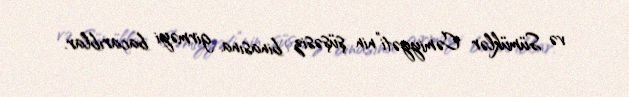
və Sümüklər Cəmiyyəti”nin şüşəsiz binasına girməyi bacarıblar.